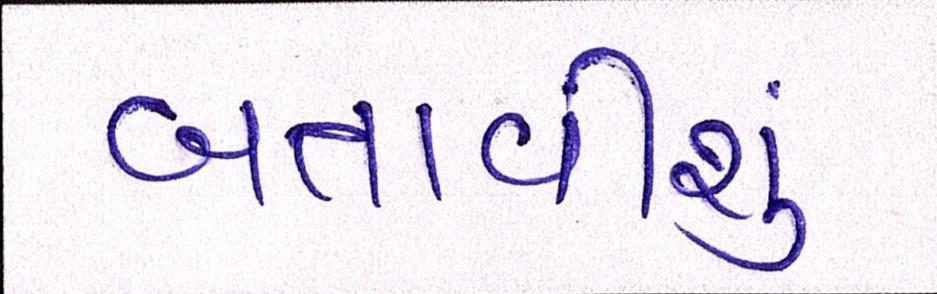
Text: બતાવીશુ